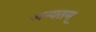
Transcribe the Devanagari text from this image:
अन्यतम्